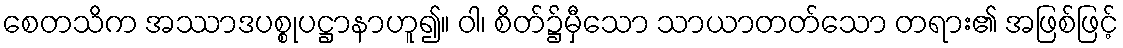
စေတသိက အဿာဒပစ္စုပဋ္ဌာနာဟူ၍။ ဝါ၊ စိတ်၌မှီသော သာယာတတ်သော တရား၏ အဖြစ်ဖြင့်